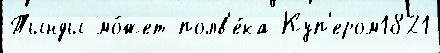
Тынды мо́жет полв'е́ка Куп'ером1821